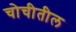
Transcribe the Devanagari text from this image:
चोचीतील